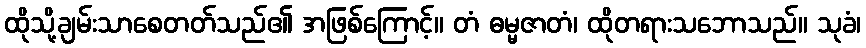
ထိုသို့ချမ်းသာစေတတ်သည်၏ အဖြစ်ကြောင့်။ တံ ဓမ္မဇာတံ၊ ထိုတရားသဘောသည်။ သုခံ၊